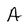
Character: A